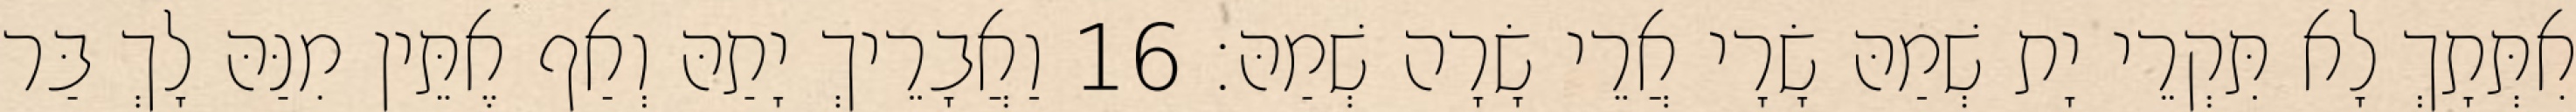
אִתְּתָךְ לָא תִּקְרֵי יָת שְׁמַהּ שָׂרָי אֲרֵי שָׂרָה שְׁמַהּ׃ 16 וַאֲבָרֵיךְ יָתַהּ וְאַף אֶתֵּין מִנַּהּ לָךְ בַּר